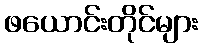
ဖယောင်းတိုင်များ